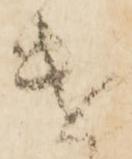
遣